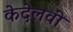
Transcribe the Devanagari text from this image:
केदेलवी